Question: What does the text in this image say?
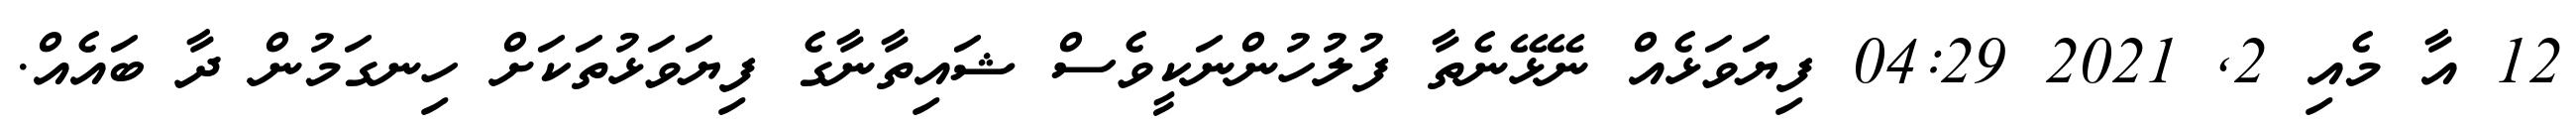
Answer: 12 އާ މެއި 2, 2021 04:29 ފިޔަވަޅެއް ނޭޅޭނެތާ ފުލުހުންނަކީވެސް ޝައިތާނާގެ ފިޔަވަޅުތަކަށް ހިނގަމުން ދާ ބައެއް.